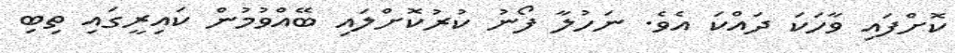
ކޮށްފައި ވާހަކަ ދައްކަ އެވެ. ނަހުލާ ފޯނު ކުރުކޮށްލައި ބޭއްވުމުން ކައިރީގައި ތިބި